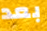
بعد